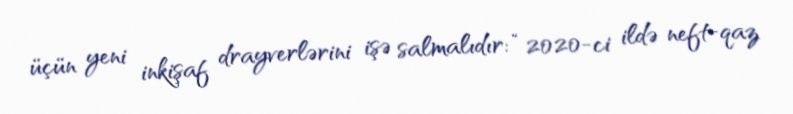
üçün yeni inkişaf drayverlərini işə salmalıdır: “2020-ci ildə neft-qaz